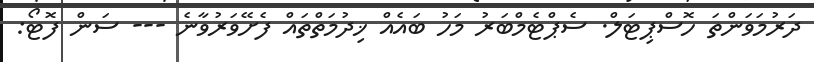
ދަރުމަވަންތަ ހޮސްޕިޓަލް. ސެޕްޓެމްބަރު މަހު ބައެއް ޚިދުމަތްތައް ފެށޭވަރުވާނެ --- ސަން ފޮޓޯ: